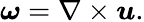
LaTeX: {\boldsymbol{\omega}}=\nabla\times{\boldsymbol{u}}.